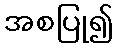
အစပြု၍